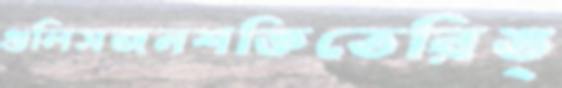
গুলিসজনশক্তিতেরিঙ্